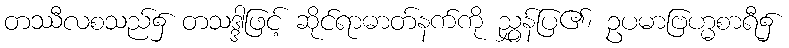
တဿီလစသည်၌ တသဒ္ဒါဖြင့် ဆိုင်ရာဓာတ်နက်ကို ညွှန်ပြ၏၊ ဥပမာဗြဟ္မစာရီ၌